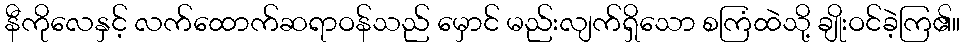
နီကိုလေနှင့် လက်ထောက်ဆရာဝန်သည် မှောင် မည်းလျက်ရှိသော စကြံထဲသို့ ချိုးဝင်ခဲ့ကြ၏။